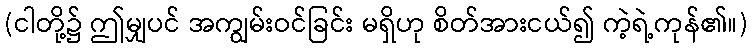
(ငါတို့၌ ဤမျှပင် အကျွမ်းဝင်ခြင်း မရှိဟု စိတ်အားငယ်၍ ကဲ့ရဲ့ကုန်၏။)